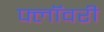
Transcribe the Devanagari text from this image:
फ्लॉवरी